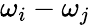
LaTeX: {\omega_{i}-\omega_{j}}